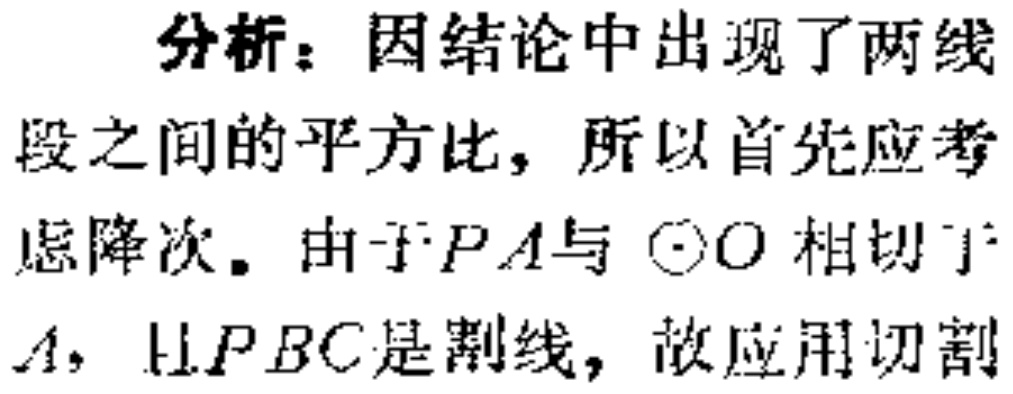
分析：因结论中出现了两线段之间的平方比，所以首先应考虑降次。由于\(PA\)与\(\odot O\)相切于\(A\)，且\(PBC\)是割线，故应用切割